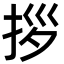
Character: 拶